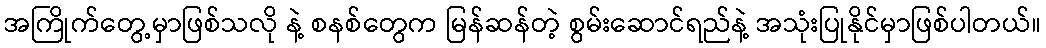
အကြိုက်တွေ့မှာဖြစ်သလို နဲ့ စနစ်တွေက မြန်ဆန်တဲ့ စွမ်းဆောင်ရည်နဲ့ အသုံးပြုနိုင်မှာဖြစ်ပါတယ်။